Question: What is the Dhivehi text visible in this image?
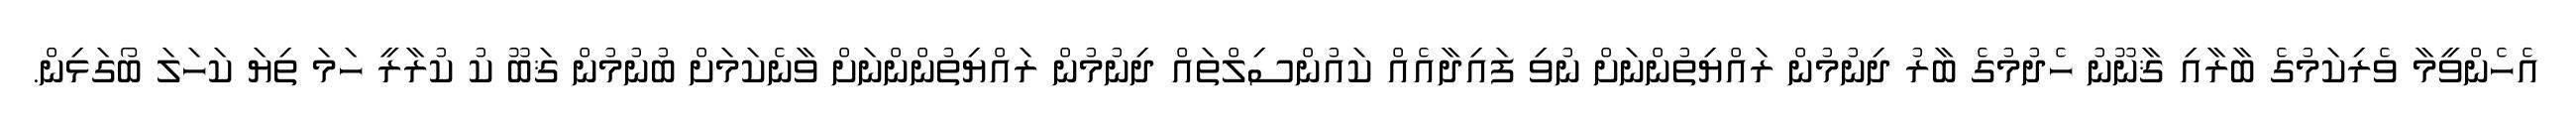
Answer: އެހެންވީމާ ވެރިކަމުގެ ބާރާއި ޤާނޫނު ހެދުމުގެ ބާރު ދިނުމުން ރައްޔިތުންނަށް ނުވި ފައިދާއެއް ކައުންސިލްތައް ދިނުމުން ރައްޔިތުންންނަށް ވާނެކަމަށް ބުނުމުން ޤަބޫ ކު ކުރާރީ ހަމަ ތިޔަ ކަހަލަ ބޯގަޅިން.